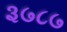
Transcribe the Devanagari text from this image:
३७८७